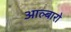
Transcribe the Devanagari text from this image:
आल्बारो